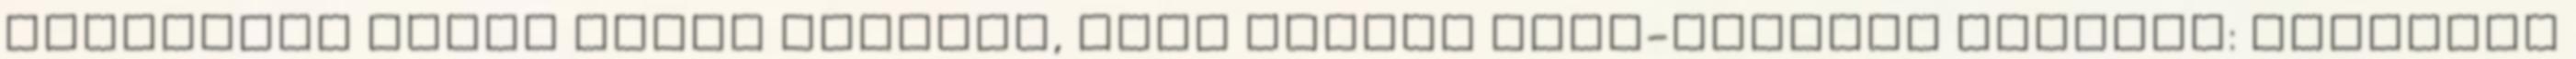
eljárások közül attól függően, hogy milyen Word-verziót használ: Válassza